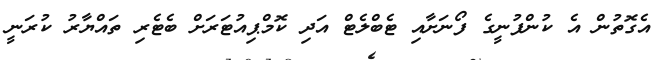
އެގޮތުން އެ ކުންފުނީގެ ފޯނަށާއި ޓެބްލެޓް އަދި ކޮމްޕިއުޓަރަށް ބެޓެރި ތައްޔާރު ކުރަނީ